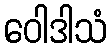
ဝေါဒါသံ